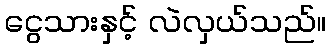
ငွေသားနှင့် လဲလှယ်သည်။